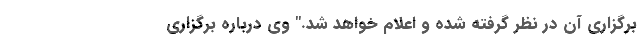
برگزاری آن در نظر گرفته شده و اعلام خواهد شد." وی درباره برگزاری